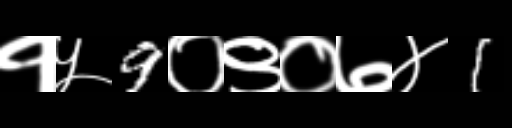
Text: १५9०९०७४1